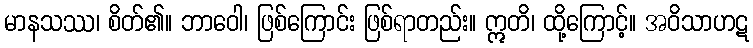
မာနသဿ၊ စိတ်၏။ ဘာဝေါ၊ ဖြစ်ကြောင်း ဖြစ်ရာတည်း။ ဣတိ၊ ထို့ကြောင့်။ အဝိသာဟဋ